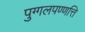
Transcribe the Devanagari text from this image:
पुग्गलपण्णत्ति